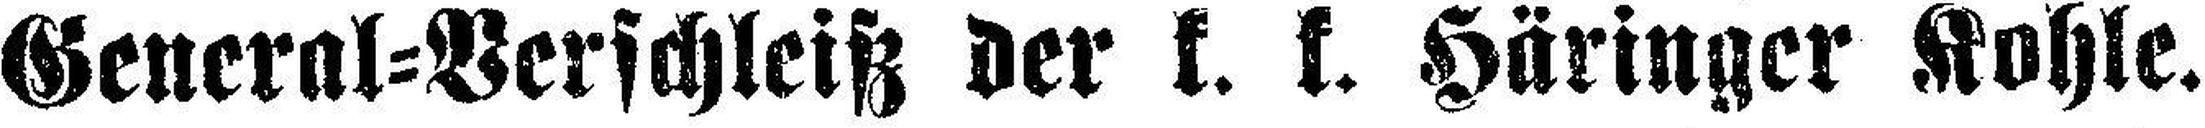
General=Verschleiß der k. k. Häringer Kohle.